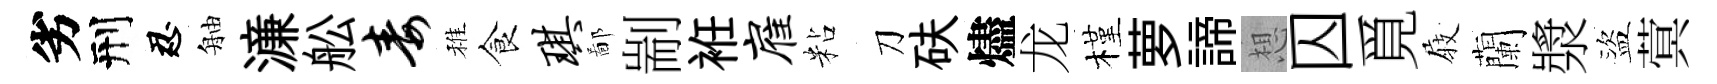
劣刑忍舳濓舩毒稚食琪鄙剬袵雇粘刀砆燼龙槿萝諦想囚覓𡲆蘭漿盜蓂